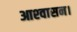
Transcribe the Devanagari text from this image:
आश्‍वासन।